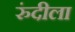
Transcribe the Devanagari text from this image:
रुंदीला